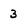
Character: 3